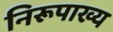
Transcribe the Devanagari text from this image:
निरूपाख्य